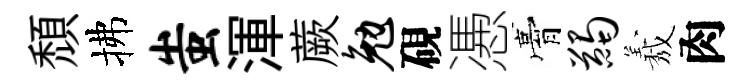
頹拂蚩渾蕨勉硯慿膏蠲𦏁肉